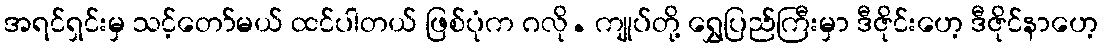
အရင်ရှင်းမှ သင့်တော်မယ် ထင်ပါတယ် ဖြစ်ပုံက ဂလို. ကျုပ်တို့ ရွှေပြည်ကြီးမှာ ဒီဇိုင်းဟေ့ ဒီဇိုင်နာဟေ့